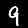
Digit: 9